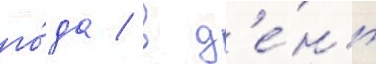
го́да / в д'е́нь